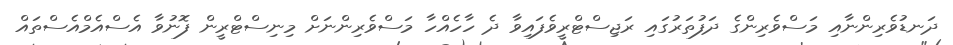
ދަނޑުވެރިންނާއި މަސްވެރިންގެ ދަފުތަރުގައި ރަޖިސްޓްރީވެފައިވާ ދެ ހާހެއްހާ މަސްވެރިންނަށް މިނިސްޓްރީން ފޮނުވާ އެސްއެމްއެސްތައް